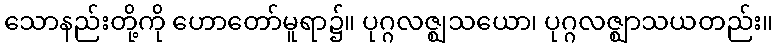
သောနည်းတို့ကို ဟောတော်မူရာ၌။ ပုဂ္ဂလဇ္ဈသယော၊ ပုဂ္ဂလဇ္ဈာသယတည်း။